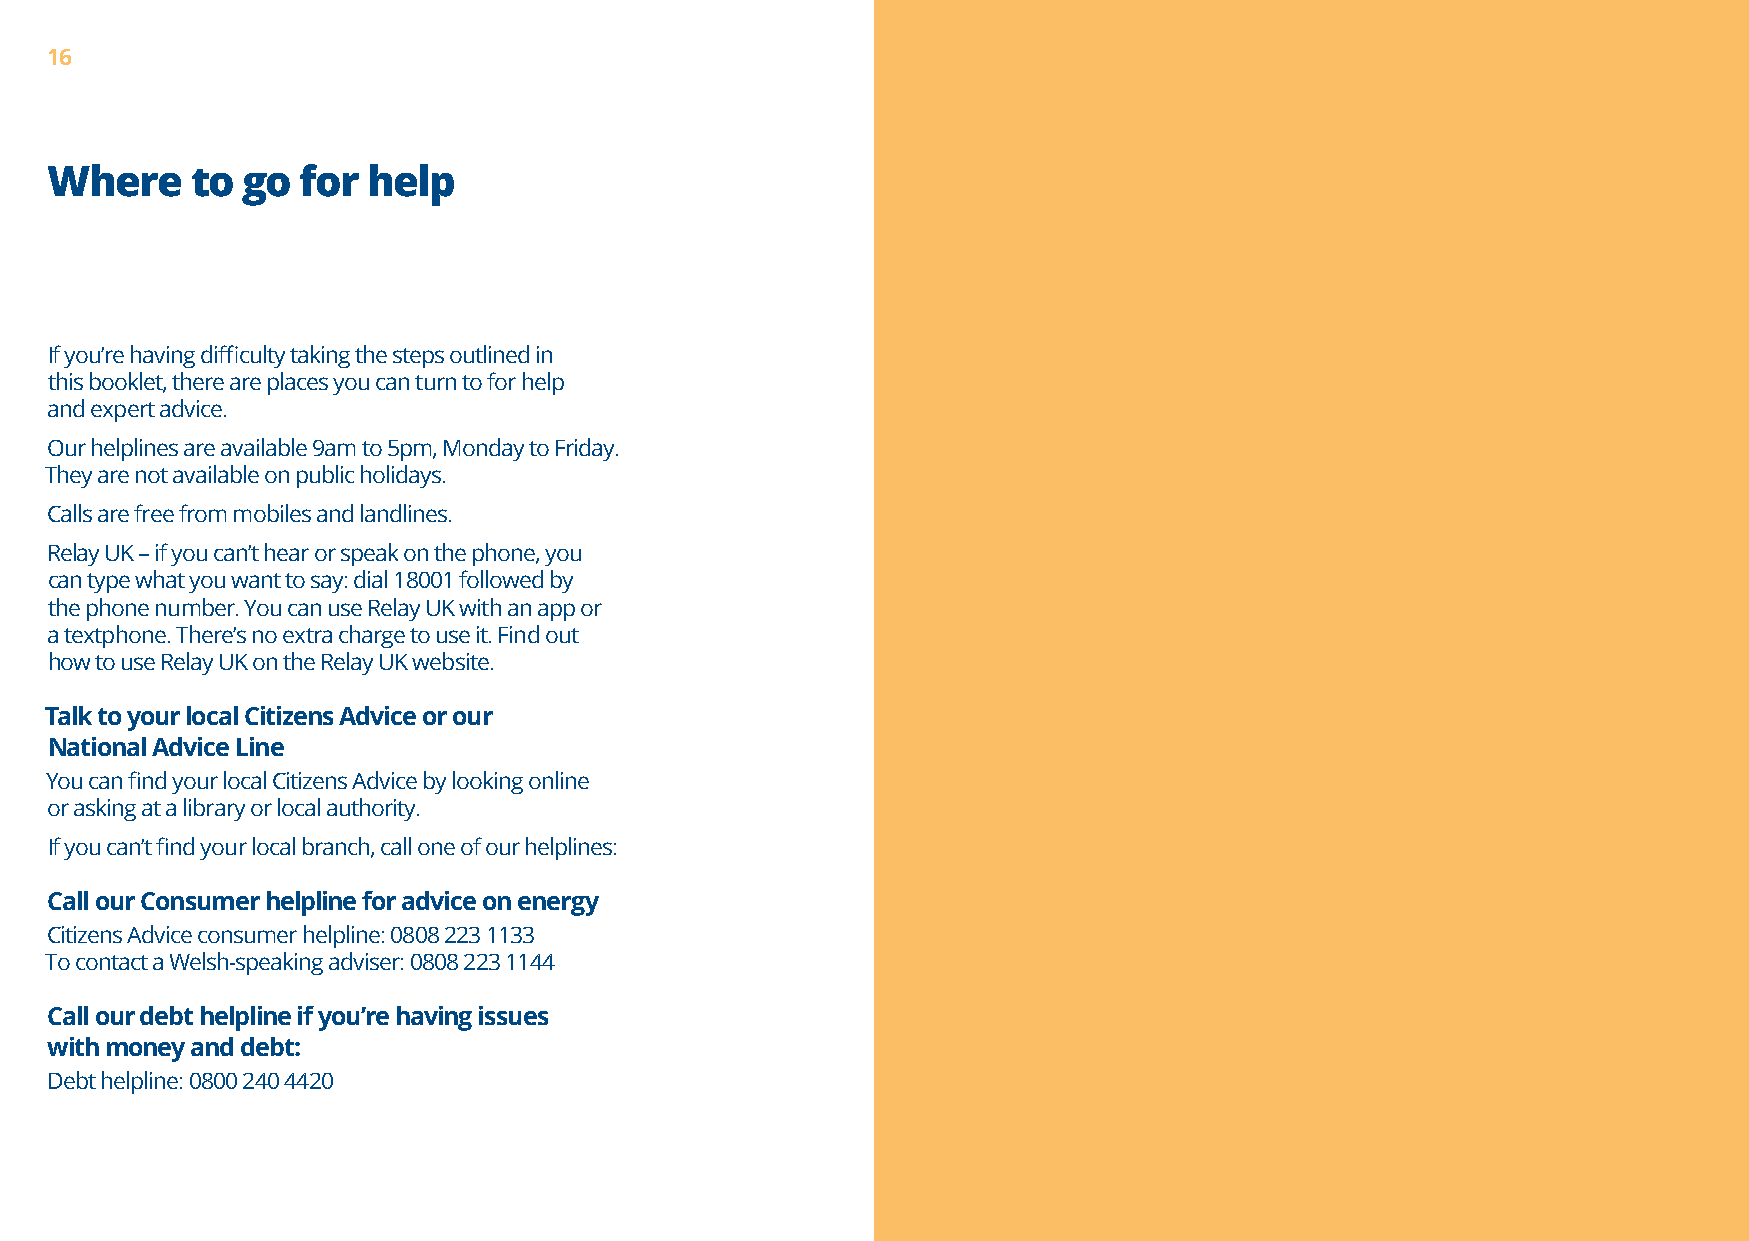
16
 Where     to go  for help
 If you’re having difficulty taking the steps outlined in
 this booklet, there are places you can turn to for help
 and expert advice.
 Our helplines are available 9am to 5pm, Monday to Friday.
 They are not available on public holidays.
 Calls are free from mobiles and landlines.
 Relay UK – if you can’t hear or speak on the phone, you
 can type what you want to say: dial 18001 followed by
 the phone number. You can use Relay UK with an app or
 a textphone. There’s no extra charge to use it. Find out
 how to use Relay UK on the Relay UK website.
 Talk to your local Citizens Advice or our
 National Advice Line
 You can find your local Citizens Advice by looking online
 or asking at a library or local authority.
 If you can’t find your local branch, call one of our helplines:
 Call our Consumer helpline for advice on energy
 Citizens Advice consumer helpline: 0808 223 1133
 To contact a Welsh-speaking adviser: 0808 223 1144
 Call our debt helpline if you’re having issues
 with money and debt:
 Debt helpline: 0800 240 4420